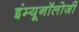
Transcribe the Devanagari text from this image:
इंम्यूनॉलोजी